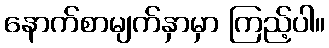
နောက်စာမျက်နှာမှာ ကြည့်ပါ။